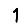
Digit: 1